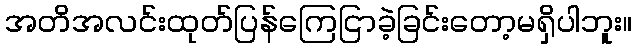
အတိအလင်းထုတ်ပြန်ကြေငြာခဲ့ခြင်းတော့မရှိပါဘူး။